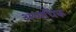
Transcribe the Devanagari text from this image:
अथ्यधिक